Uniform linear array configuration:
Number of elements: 24
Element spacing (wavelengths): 0.25
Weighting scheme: exponential
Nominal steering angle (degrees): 45
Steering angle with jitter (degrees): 45.852
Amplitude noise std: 0.05
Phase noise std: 0.05

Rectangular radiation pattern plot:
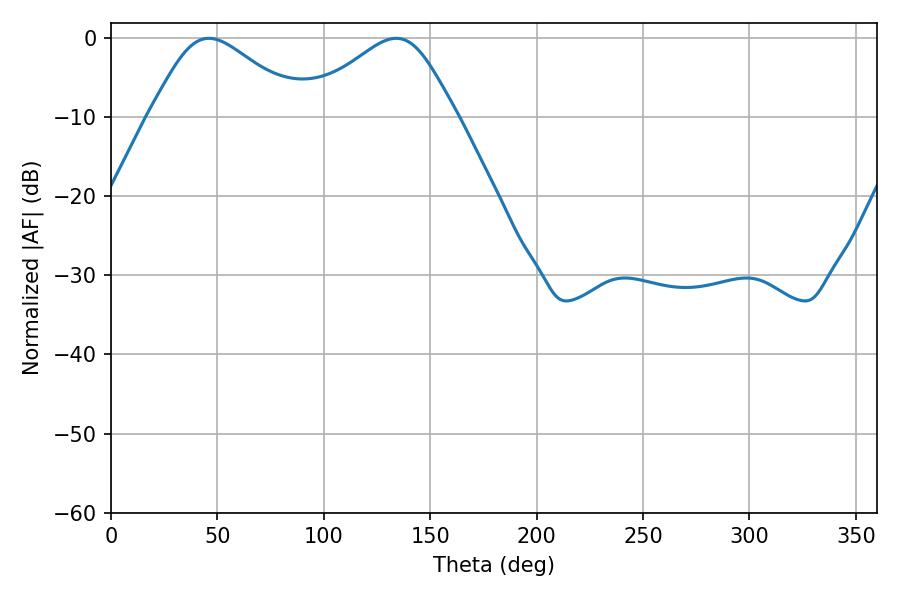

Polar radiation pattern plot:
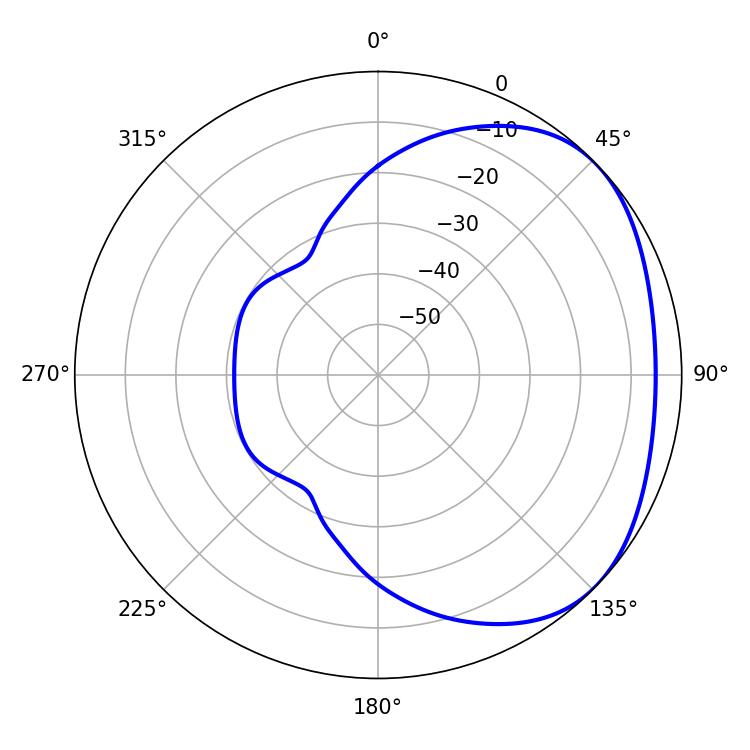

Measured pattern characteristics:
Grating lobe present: FALSE
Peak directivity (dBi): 2.678
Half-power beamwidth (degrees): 36
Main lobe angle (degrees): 45.9